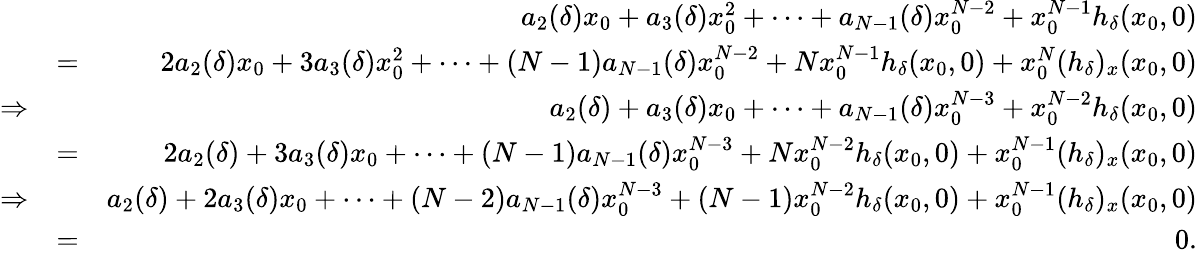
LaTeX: \begin{array}{rlr}&{}&{a_{2}(\delta)x_{0}+a_{3}(\delta)x_{0}^{2}+\cdots+a_{N-1}(\delta)x_{0}^{N-2}+x_{0}^{N-1}h_{\delta}(x_{0},0)}\\ &{=}&{2a_{2}(\delta)x_{0}+3a_{3}(\delta)x_{0}^{2}+\cdots+(N-1)a_{N-1}(\delta)x_{0}^{N-2}+Nx_{0}^{N-1}h_{\delta}(x_{0},0)+x_{0}^{N}(h_{\delta})_{x}(x_{0},0)}\\ {\Rightarrow}&{}&{a_{2}(\delta)+a_{3}(\delta)x_{0}+\cdots+a_{N-1}(\delta)x_{0}^{N-3}+x_{0}^{N-2}h_{\delta}(x_{0},0)}\\ &{=}&{2a_{2}(\delta)+3a_{3}(\delta)x_{0}+\cdots+(N-1)a_{N-1}(\delta)x_{0}^{N-3}+Nx_{0}^{N-2}h_{\delta}(x_{0},0)+x_{0}^{N-1}(h_{\delta})_{x}(x_{0},0)}\\ {\Rightarrow}&{}&{a_{2}(\delta)+2a_{3}(\delta)x_{0}+\cdots+(N-2)a_{N-1}(\delta)x_{0}^{N-3}+(N-1)x_{0}^{N-2}h_{\delta}(x_{0},0)+x_{0}^{N-1}(h_{\delta})_{x}(x_{0},0)}\\ &{=}&{0.}\end{array}